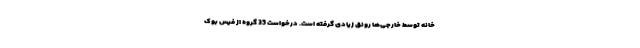
خانه توسط خارجی‌ها رونق زیادی گرفته است. درخواست 35 گروه از فیس بوک